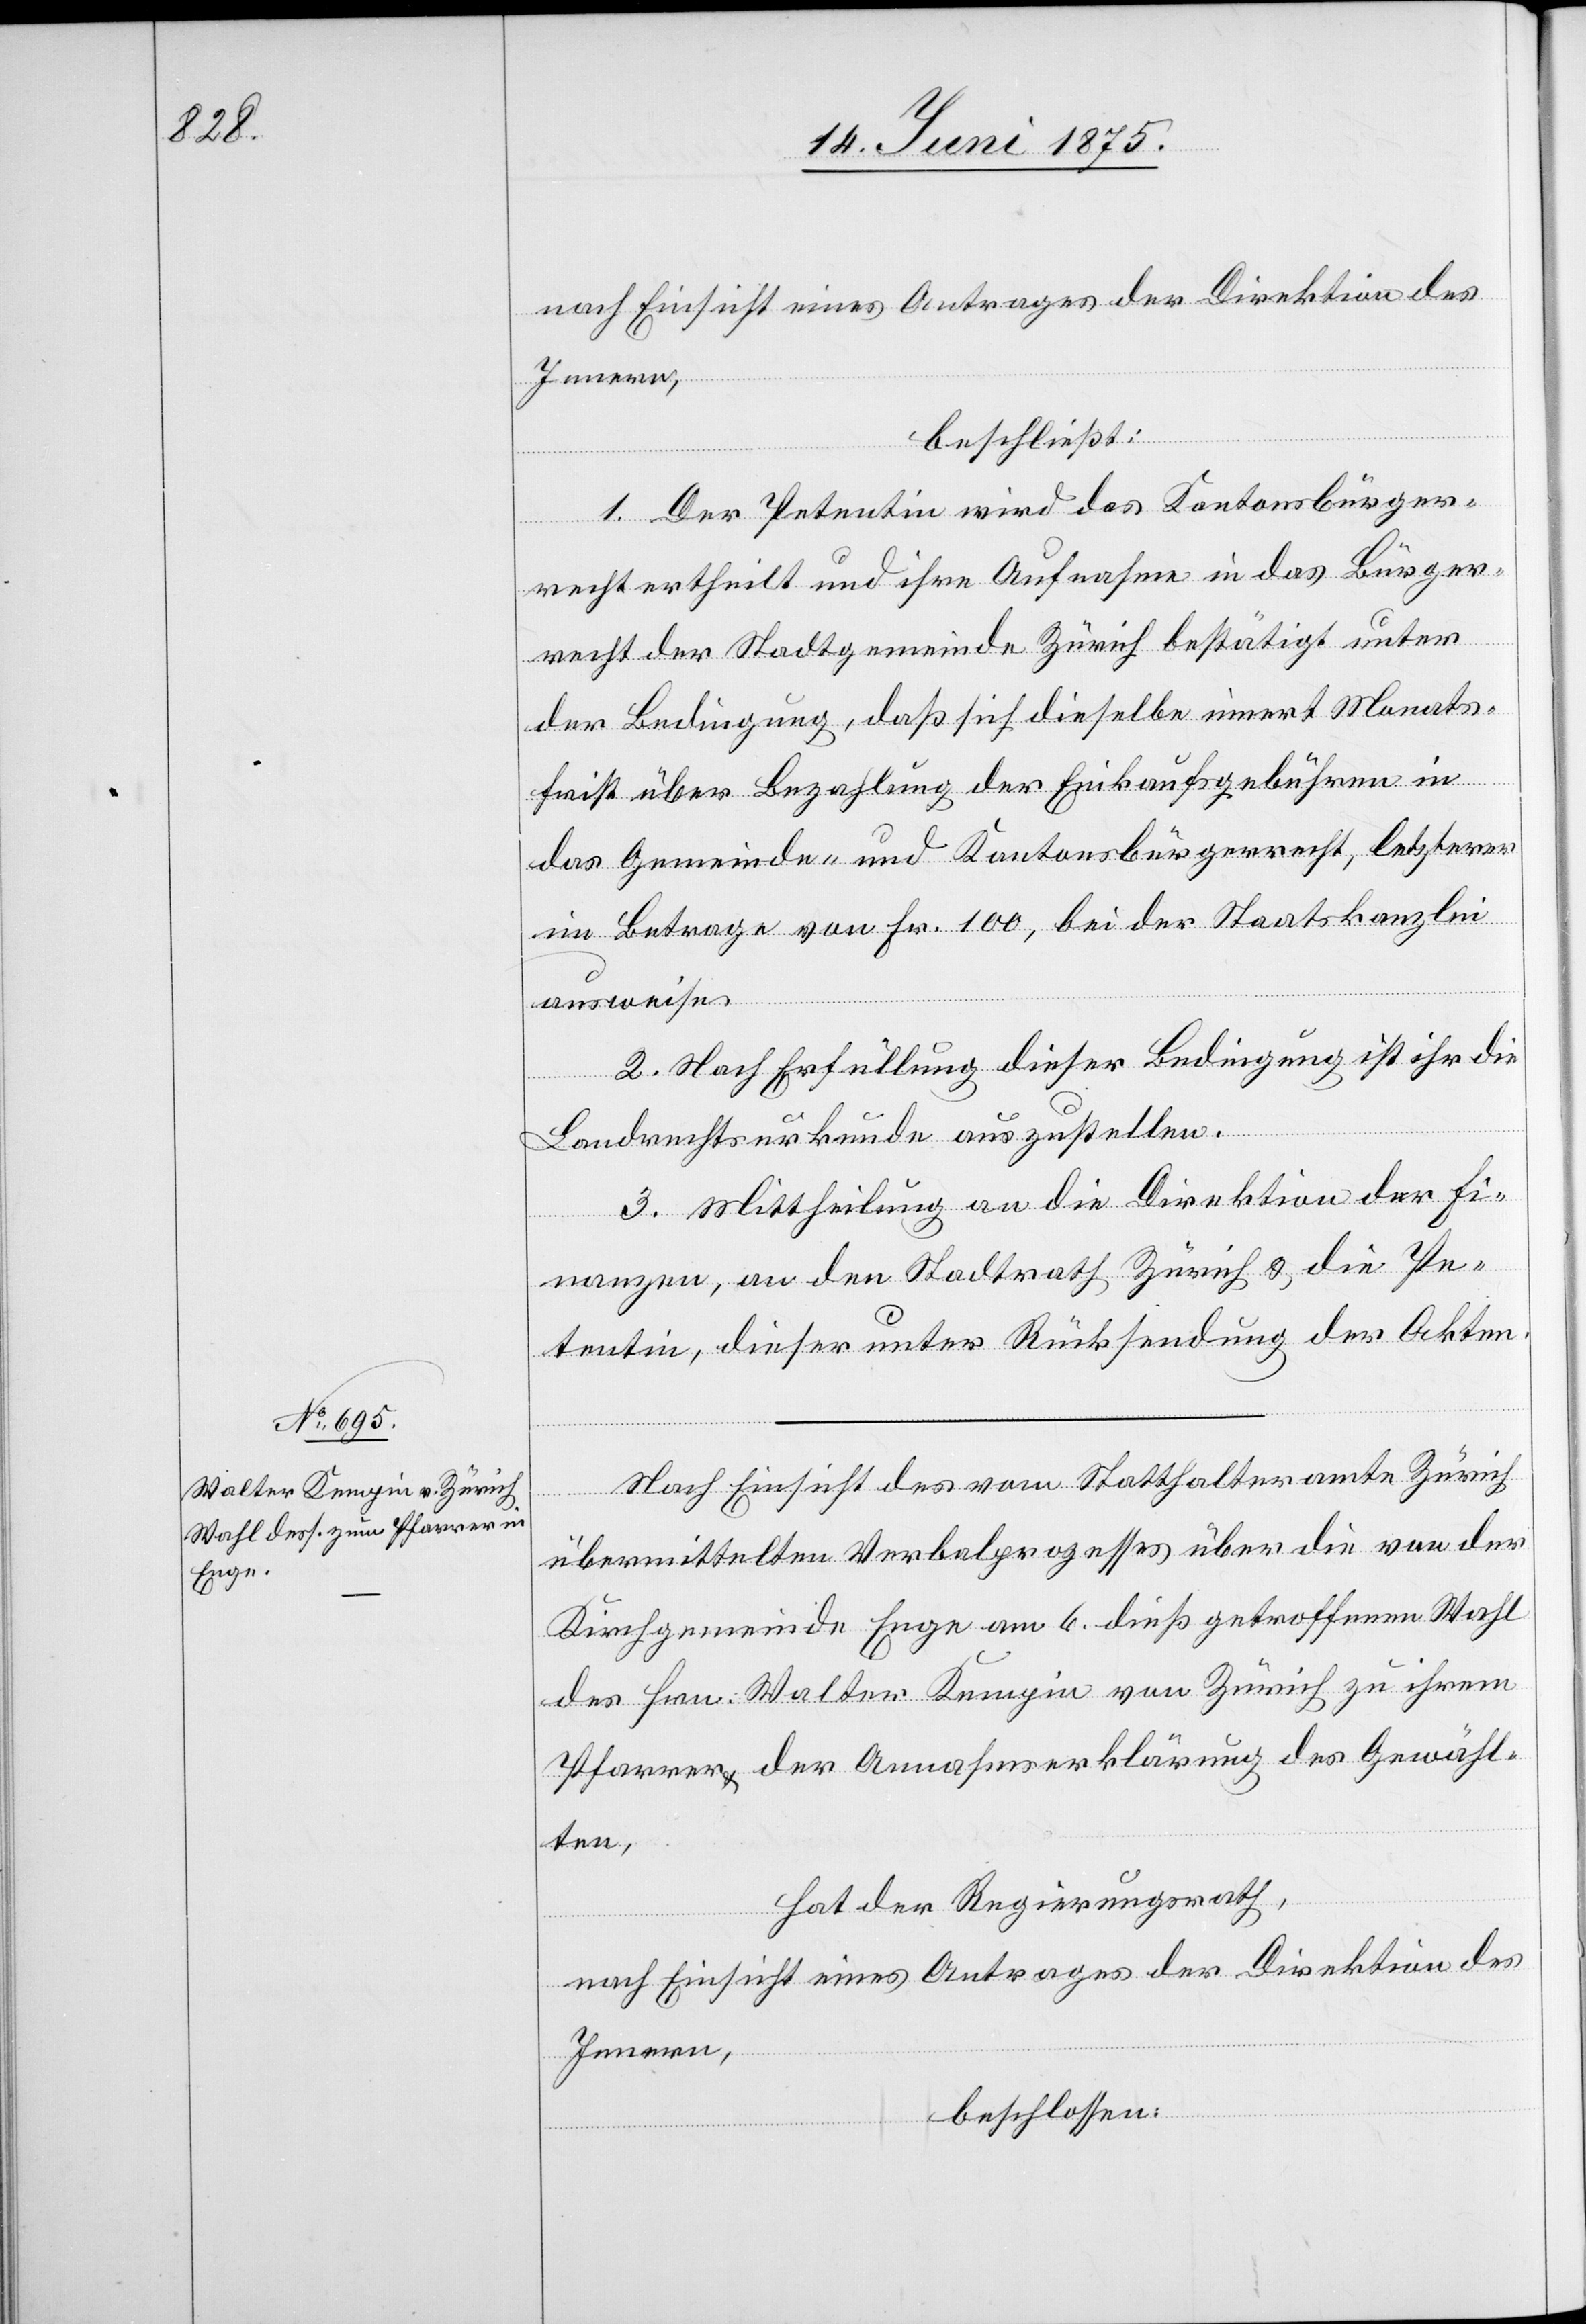
nach Einsicht eines Antrages der Direktion des
Innern,
beschließt:
1. Der Petentin wird das Kantonsbürger¬
recht ertheilt und ihre Aufnahme in das Bürger¬
recht der Stadtgemeinde Zürich bestätigt unter
der Bedingung, daß sich dieselbe innert Monats¬
frist über Bezahlung der Einkaufsgebühren in
das Gemeinde- und Kantonsbürgerrecht, letzterer
im Betrage von Fr. 100, bei der Staatskanzlei
ausweise.
2. Nach Erfüllung dieser Bedingung ist ihr die
Landrechtsurkunde auszustellen.
3. Mittheilung an die Direktion der Fi¬
nanzen, an den Stadtrath Zürich & die Pe¬
tentin, dieser unter Rücksendung der Akten.
Nach Einsicht des vom Statthalteramte Zürich
übermittelten Verbalprozesses über die von der
Kirchgemeinde Enge am 6. dieß getroffene Wahl
des Hrn. Walter Kempin von Zürich zu ihrem
Pfarrer & der Annahmserklärung des Gewähl¬
ten,
hat der Regierungsrath,
nach Einsicht eines Antrages der Direktion des
Innern,
beschlossen: